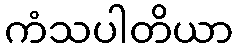
ကံသပါတိယာ